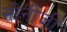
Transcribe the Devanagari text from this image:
सोनीजी